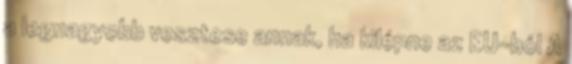
a legnagyobb vesztese annak, ha kilépne az EU-ból A